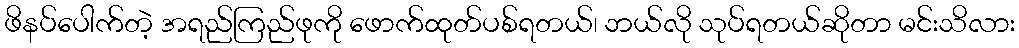
ဖိနပ်ပေါက်တဲ့ အရည်ကြည်ဖုကို ဖောက်ထုတ်ပစ်ရတယ်၊ ဘယ်လို သုပ်ရတယ်ဆိုတာ မင်းသိလား